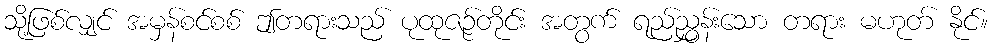
သို့ဖြစ်လျှင် အမှန်စင်စစ် ဤတရားသည် ပုထုဇဉ်တိုင်း အတွက် ရည်ညွှန်းသော တရား မဟုတ် နိုင်။